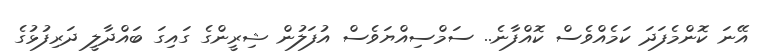
އޭނަ ކޮންމެފަދަ ކަމެއްވެސް ކޮއްފާނެ.. ސަމްސިއްޔަވެސް އުފަލުން ޝިރީންގެ ގައިގަ ބައްދާލީ ދަރިފުޅުގެ